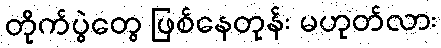
တိုက်ပွဲတွေ ဖြစ်နေတုန်း မဟုတ်လား